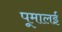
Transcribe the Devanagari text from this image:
पूमालई